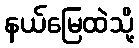
နယ်မြေထဲသို့